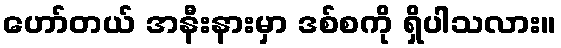
ဟော်တယ် အနီးနားမှာ ဒစ်စကို ရှိပါသလား။